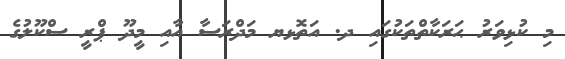
މި ކުޅިވަރު ޙަރަކާތްތަކުގައި ދ. އަތޮޅޔ މަދްރަސާ އާއި މީދޫ ޕްރީ ސްކޫލުގެ